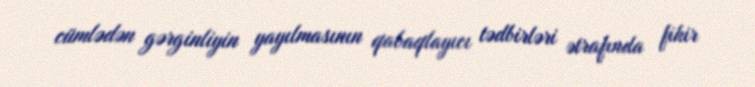
cümlədən gərginliyin yayılmasının qabaqlayıcı tədbirləri ətrafında fikir